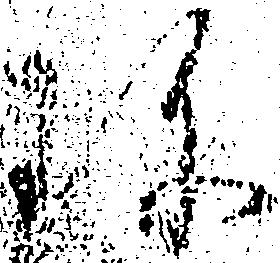
珎